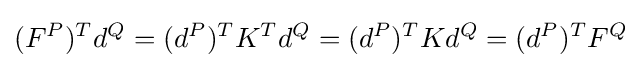
(F^{P})^{T}d^{Q}=(d^{P})^{T}K^{T}d^{Q}=(d^{P})^{T}Kd^{Q}=(d^{P})^{T}F^{Q}